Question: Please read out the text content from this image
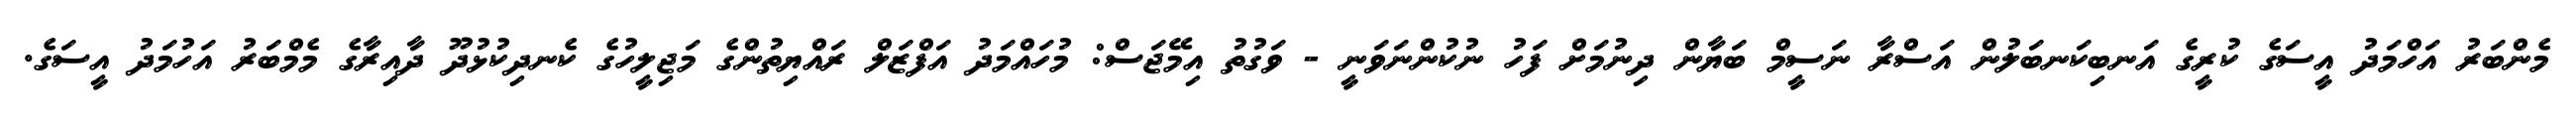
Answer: މެންބަރު އަހްމަދު އީސަގެ ކުރީގެ އަނބިކަނބަލުން އަސްރާ ނަސީމް ބަޔާން ދިނުމަށް ފަހު ނުކުންނަވަނީ - ވަގުތު އިމޭޖަސް: މުހައްމަދު އަފްޒަލް ރައްޔިތުންގެ މަޖިލީހުގެ ކެނދިކުޅުދޫ ދާއިރާގެ މެމްބަރު އަހުމަދު އީސަގެ.